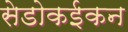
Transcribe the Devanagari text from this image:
सेडोकईकन